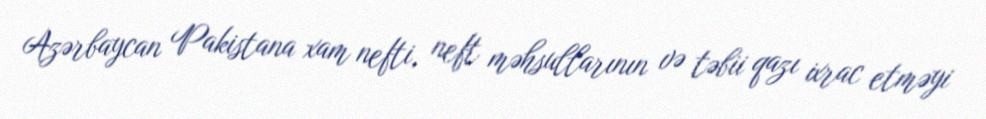
Azərbaycan Pakistana xam nefti, neft məhsullarının və təbii qazı ixrac etməyi